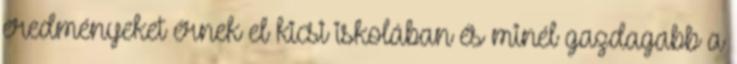
eredményeket érnek el kicsi iskolában és minél gazdagabb a